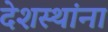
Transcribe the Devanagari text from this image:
देशस्थांना